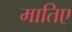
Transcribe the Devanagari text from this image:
मातिए